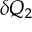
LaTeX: \delta Q _ { 2 }